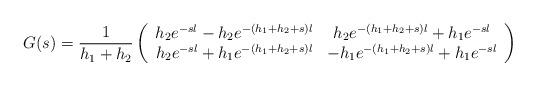
LaTeX: \begin{align*} G(s)=\frac{1}{h_1+h_2}\left( \begin{array}{cc} h_2e^{-sl}-h_2e^{-(h_1+h_2+s)l} & h_2e^{-(h_1+h_2+s)l}+h_1 e^{-sl} \\ h_2e^{-sl}+h_1e^{-(h_1+h_2+s)l} & -h_1e^{-(h_1+h_2+s)l}+h_1 e^{-sl} \\ \end{array} \right)\end{align*}